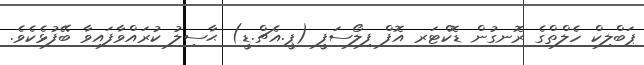
ޕަބްލިކް ހެލްތްގެ ރޮނގުން ޑޮކްޓަރ އޮފް ފިލޯސަފީ (ޕީ.އެޗް.ޑީ) ޙާސިލު ކުރައްވާފައިވާ ބޭފުޅެކެވެ.